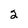
Character: 2